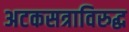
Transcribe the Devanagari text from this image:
अटकसत्राविरुद्ध